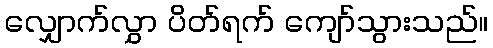
လျှောက်လွှာ ပိတ်ရက် ကျော်သွားသည်။